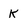
Character: K